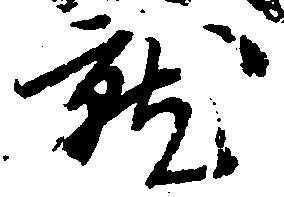
就